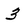
Character: 3